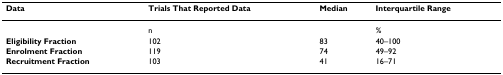
<table><thead><tr><td><b>Data</b></td><td><b>Trials That Reported Data</b></td><td><b>Median</b></td><td><b>Interquartile Range</b></td></tr></thead><tbody><tr><td></td><td>n</td><td></td><td>%</td></tr><tr><td><b>Eligibility Fraction</b></td><td>102</td><td>83</td><td>40–100</td></tr><tr><td><b>Enrolment Fraction</b></td><td>119</td><td>74</td><td>49–92</td></tr><tr><td><b>Recruitment Fraction</b></td><td>103</td><td>41</td><td>16–71</td></tr></tbody></table>